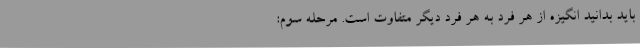
باید بدانید انگیزه از هر فرد به هر فرد دیگر متفاوت است. مرحله سوم: